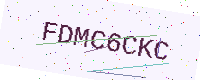
Text: FDMC6CKC